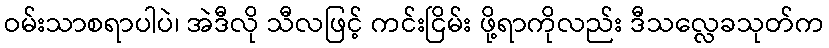
ဝမ်းသာစရာပါပဲ၊ အဲဒီလို သီလဖြင့် ကင်းငြိမ်း ဖို့ရာကိုလည်း ဒီသလ္လေခသုတ်က